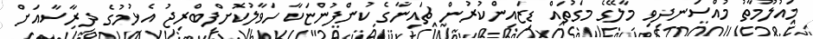
މައުލޫމާތު މުއްސަނދިވި މާލޭގެ މަގުތައް ޑިޒައިންކުރުން ޗައިނާގެ ކުންފުންޏަކާ ހަވާލުކޮށްފިބްރިޖު އެޅުމުގެ ދިރާސާއަށް